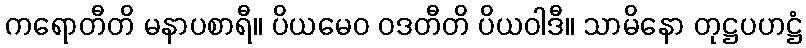
ကရောတီတိ မနာပစာရီ။ ပိယမေဝ ဝဒတီတိ ပိယဝါဒီ။ သာမိနော တုဋ္ဌပဟဋ္ဌံ